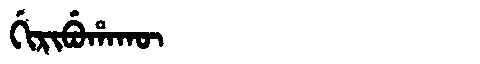
Manchu: ᡤᡳᡵᡳᠪᡠᡥᠠᡴᡡ
Romanization: GIRIBUHAKŪ